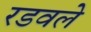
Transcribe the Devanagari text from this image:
रडवले